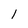
Character: l